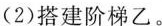
(2)搭建阶梯乙。